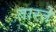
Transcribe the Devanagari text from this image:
तारते